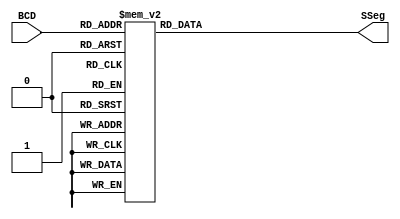
module BCDtoSSeg ( input [3:0] BCD, output reg [0:6] SSeg );

    always @ ( * ) begin
        
        case ( BCD )
            
            4'b0000: SSeg = 7'b0000001; // 0  
            4'b0001: SSeg = 7'b1001111; // 1 
            4'b0010: SSeg = 7'b0010010; // 2 
            4'b0011: SSeg = 7'b0000110; // 3 
            4'b0100: SSeg = 7'b1001100; // 4 
            4'b0101: SSeg = 7'b0100100; // 5 
            4'b0110: SSeg = 7'b0100000; // 6 
            4'b0111: SSeg = 7'b0001111; // 7 
            4'b1000: SSeg = 7'b0000000; // 8  
            4'b1001: SSeg = 7'b0000100; // 9

            default: SSeg = 0;

        endcase

    end

endmodule